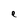
Character: e